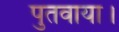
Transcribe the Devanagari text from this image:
पुतवाया।